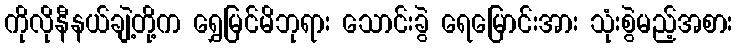
ကိုလိုနီနယ်ချဲ့တို့က ရွှေမြင်မိဘုရား သောင်းခွဲ ရေမြောင်းအား သုံးစွဲမည့်အစား